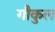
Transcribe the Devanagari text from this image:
गौकुल